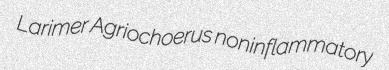
Larimer Agriochoerus noninflammatory